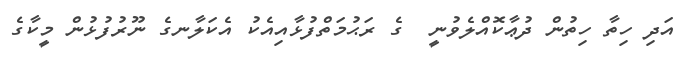
އަދި ހިތާ ހިތުން ދުޢާކޮއްލެވުނީ  ގެ ރަޙުމަތްފުޅާއިއެކު އެކަލާނގެ ނޫރުފުޅުން މީކާގެ